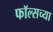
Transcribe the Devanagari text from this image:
फॉल्सच्या